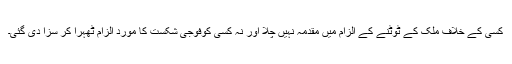
کسی کے خلاف ملک کے ٹوٹنے کے الزام میں مقدمہ نہیں چلا اور نہ کسی کوفوجی شکست کا مورد الزام ٹھہرا کر سزا دی گئی۔